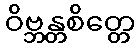
ဝိဗ္ဘန္တစိတ္တေ